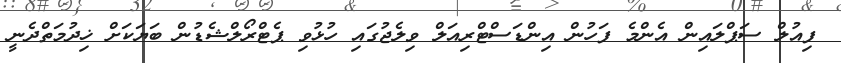
ފިއުލް ސަޕްލައިން އެންމެ ފަހުން އިންޑަސްޓްރިއަލް ވިލެޖުގައި ހުޅުވި ޕެޓްރޯލްޝެޑުން ބަޔަކަށް ޚިދުމަތްދެނީ